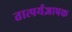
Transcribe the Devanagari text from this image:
तात्पर्यज्ञापक